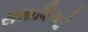
સમાધિઓ